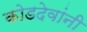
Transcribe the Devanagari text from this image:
कोडदेवांनी